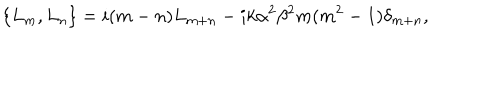
LaTeX: \left\{ L _ { m } , L _ { n } \right\} = i ( m - n ) L _ { m + n } - i k \alpha ^ { 2 } \beta ^ { 2 } m ( m ^ { 2 } - 1 ) \delta _ { m + n } ,